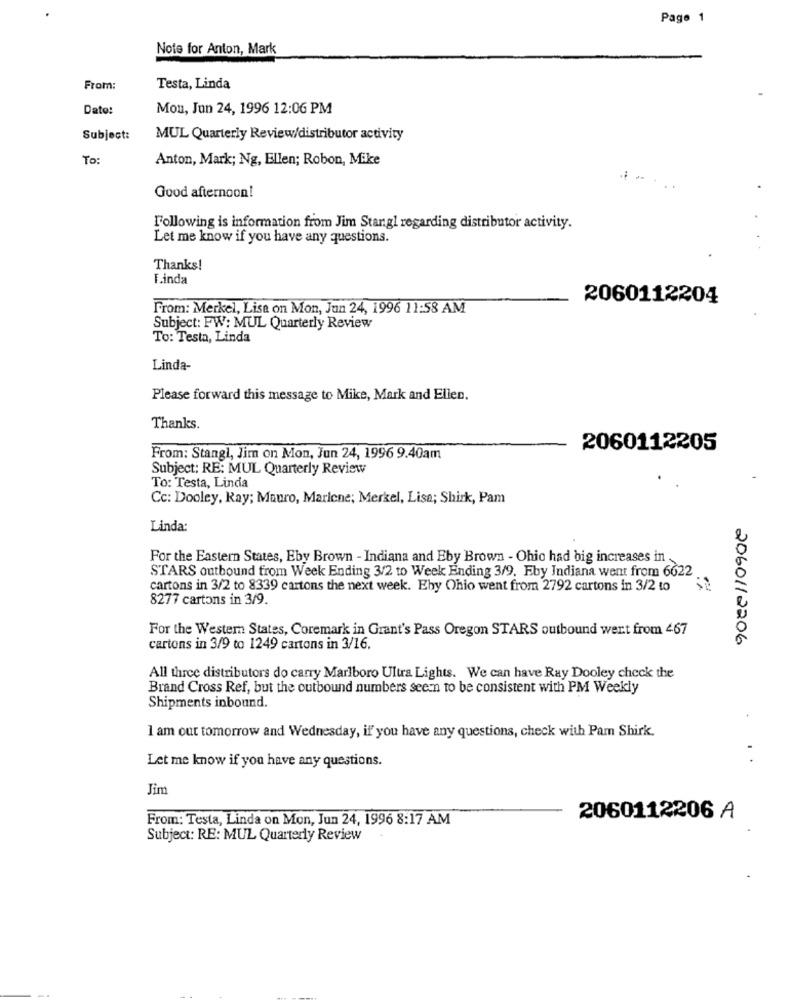
Page 1
Note for Anton, Mark
From:
Testa, Linda
Date:
Mou, Jun 24, 1996 12:06 PM
Subject:
MUL Quarterly Review/distributor activity
To:
Anton, Mark; Ng, Ellen; Robon, Mike
Good afternoon!
Following is information from Jim Stangl regarding distributor activity.
Let me know if you have any questions.
Thanks!
T.inda
2060112204
From: Merkel, Lise on Mon, Jun 24, 1996 11:58 AM
Subject: FW: MUL Quarterly Review
To: Testa, Linda
Linda-
Please forward this message to Mike, Mark and Ellen.
Thanks.
2060112205
From: Stangl, Jim on Mon, Jun 24, 1996 9.40am
Subject: RE: MUL Quarterly Review
To: Testa, Linda
Cc: Dooley, Ray; Mauro, Marlene; Merkel, Lisa; Shirk, Pam
Linda:
For the Eastern States, Eby Brown - Indiana and Eby Brown - Ohio had big increases in
STARS outbound from Week Ending 3/2 to Week Ending 3/9. Eby Indiana went from 6622
cartons in 3/2 to 8339 cartons the next week. Eby Ohio went from 2792 cartons in 3/2 to
8277 cartons in 3/9.
For the Western States, Coremark in Grant's Pass Oregon STARS outbound wert from 467
2060112206
cartons in 3/9 to 1249 cartons in 3/16.
All three distributors do carry Marlboro Ultra Lights. We can have Ray Dooley check the
Brand Cross Ref, but the outbound numbers seem to be consistent with PM Weekly
Shipments inbound.
I am out tomorrow and Wednesday, if you have any questions, check with Pam Shirk.
Let me know if you have any questions.
Jin
From: Testa, Linda on Mon, Jun 24, 1996 8:17 AM
2060112206 A
Subject: RE: MUL Quarterly Review